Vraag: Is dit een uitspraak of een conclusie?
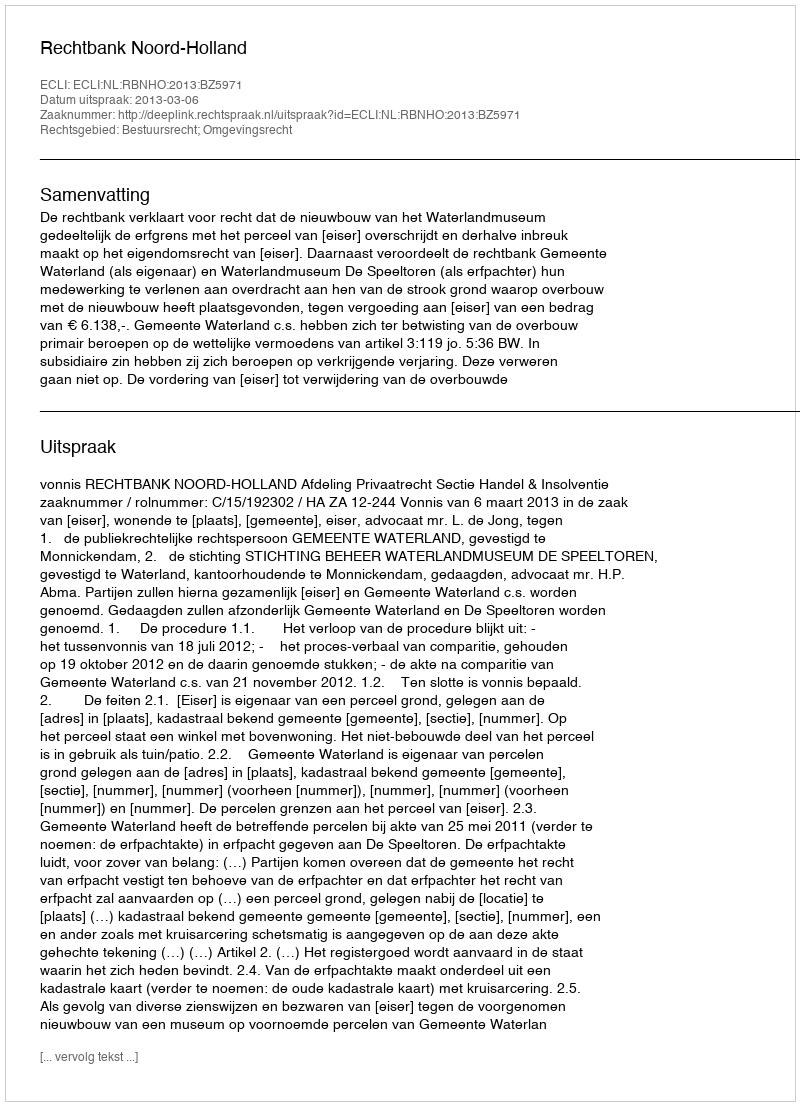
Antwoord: Uitspraak